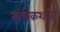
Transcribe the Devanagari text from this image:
माणेकशॉना